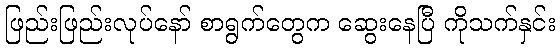
ဖြည်းဖြည်းလုပ်နော် စာရွက်တွေက ဆွေးနေပြီ ကိုသက်နှင်း